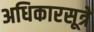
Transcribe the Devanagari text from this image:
अधिकारसूत्रे